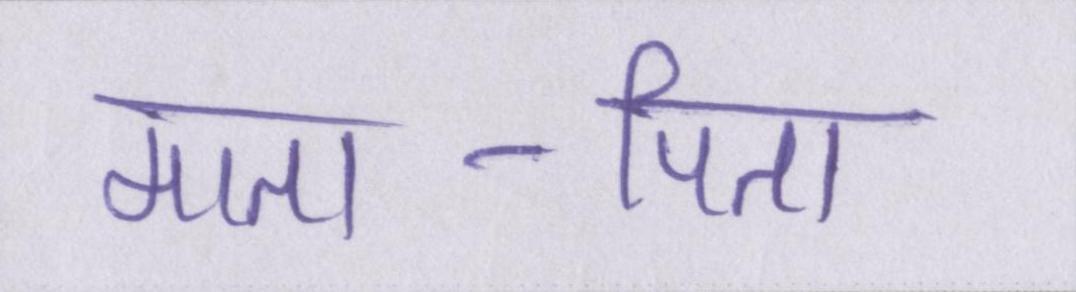
माता-पिता